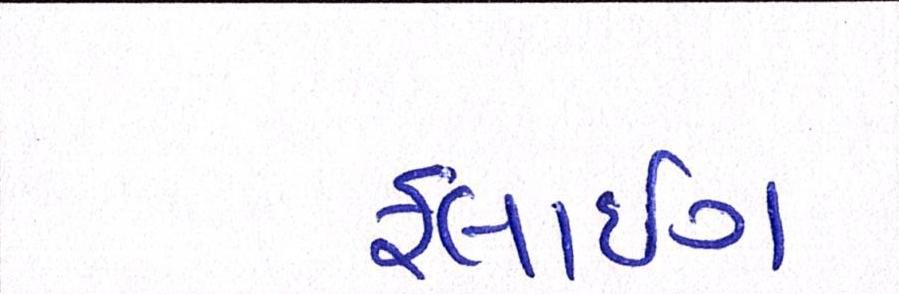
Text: ફ્લાઇંગ